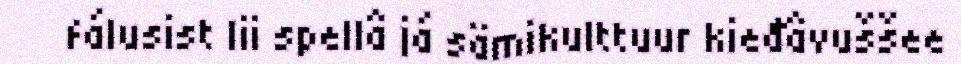
fálusist lii spellâ já sämikulttuur kieđâvuššee